Civil Veterinary Department Bihar & Orissa reports 1922-29 - 1922-1929
Year: 1922
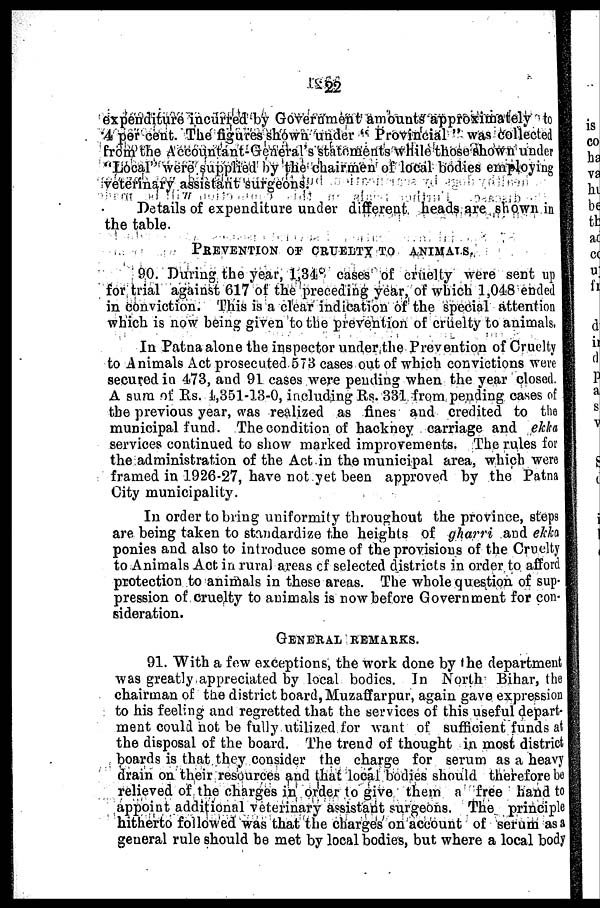
22
expenditure incurred by Government amounts approximately to
4 per cent. The figures shown under " Provincial " was collected
from the Accountant-General's statements while those shown under
"Local'' were supplied by the chairmen of local bodies employing
veterinary assistant surgeons.
Details of expenditure under different heads are shown in
the table.
PREVENTION OF CRJUEDTY TO ANIMALS.
90. During the year, 1,348 cases of cruelty were sent up
for trial against 617 of the preceding year, of which 1,048 ended
in conviction. This is a clear indication of the special attention
which is now being given to the prevention of cruelty to animals,
In Patna alone the inspector under the Prevention of Cruelty
to Animals Act prosecuted 573 cases out of which convictions were
secured in 473, and 91 cases were pending when the year closed.
A sura of Rs. 1,351-13-0, including Rs. 331 from pending cases of
the previous year, was realized as fines and credited to the
municipal fund. The condition of hackney carriage and ekka
services continued to show marked improvements. The rules for
the administration of the Act in the municipal area, which were
framed in 1926-27, have not yet been approved by the Patna
City municipality.
In order to bring uniformity throughout the province, steps
are being taken to standardize the heights of gharri and ekka
ponies and also to introduce some of the provisions of the Cruelty
to Animals Act in rural areas of selected districts in order to afford
protection to animals in these areas. The whole question of sup-
pression of cruelty to animals is now before Government for con-
sideration.
GENERAL REMARKS.
91. With a few exceptions, the work done by the department
was greatly appreciated by local bodies. In North Bihar, the
chairman of the district board, Muzaffarpur, again gave expression
to his feeling and regretted that the services of this useful depart-
ment could not be fully utilized for want of sufficient funds at
the disposal of the board. The trend of thought in most district
boards is that they consider the charge for serum as a heavy
drain on their resources and that local bodies should therefore be
relieved of the charges in order to give them a free hand to
appoint additional veterinary assistant surgeons. The principle
hitherto followed was that the charges on account of serum as a
general rule should he met by local bodies, but where a local body